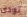
تودى